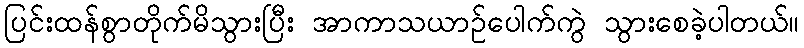
ပြင်းထန်စွာတိုက်မိသွားပြီး အာကာသယာဉ်ပေါက်ကွဲ သွားစေခဲ့ပါတယ်။